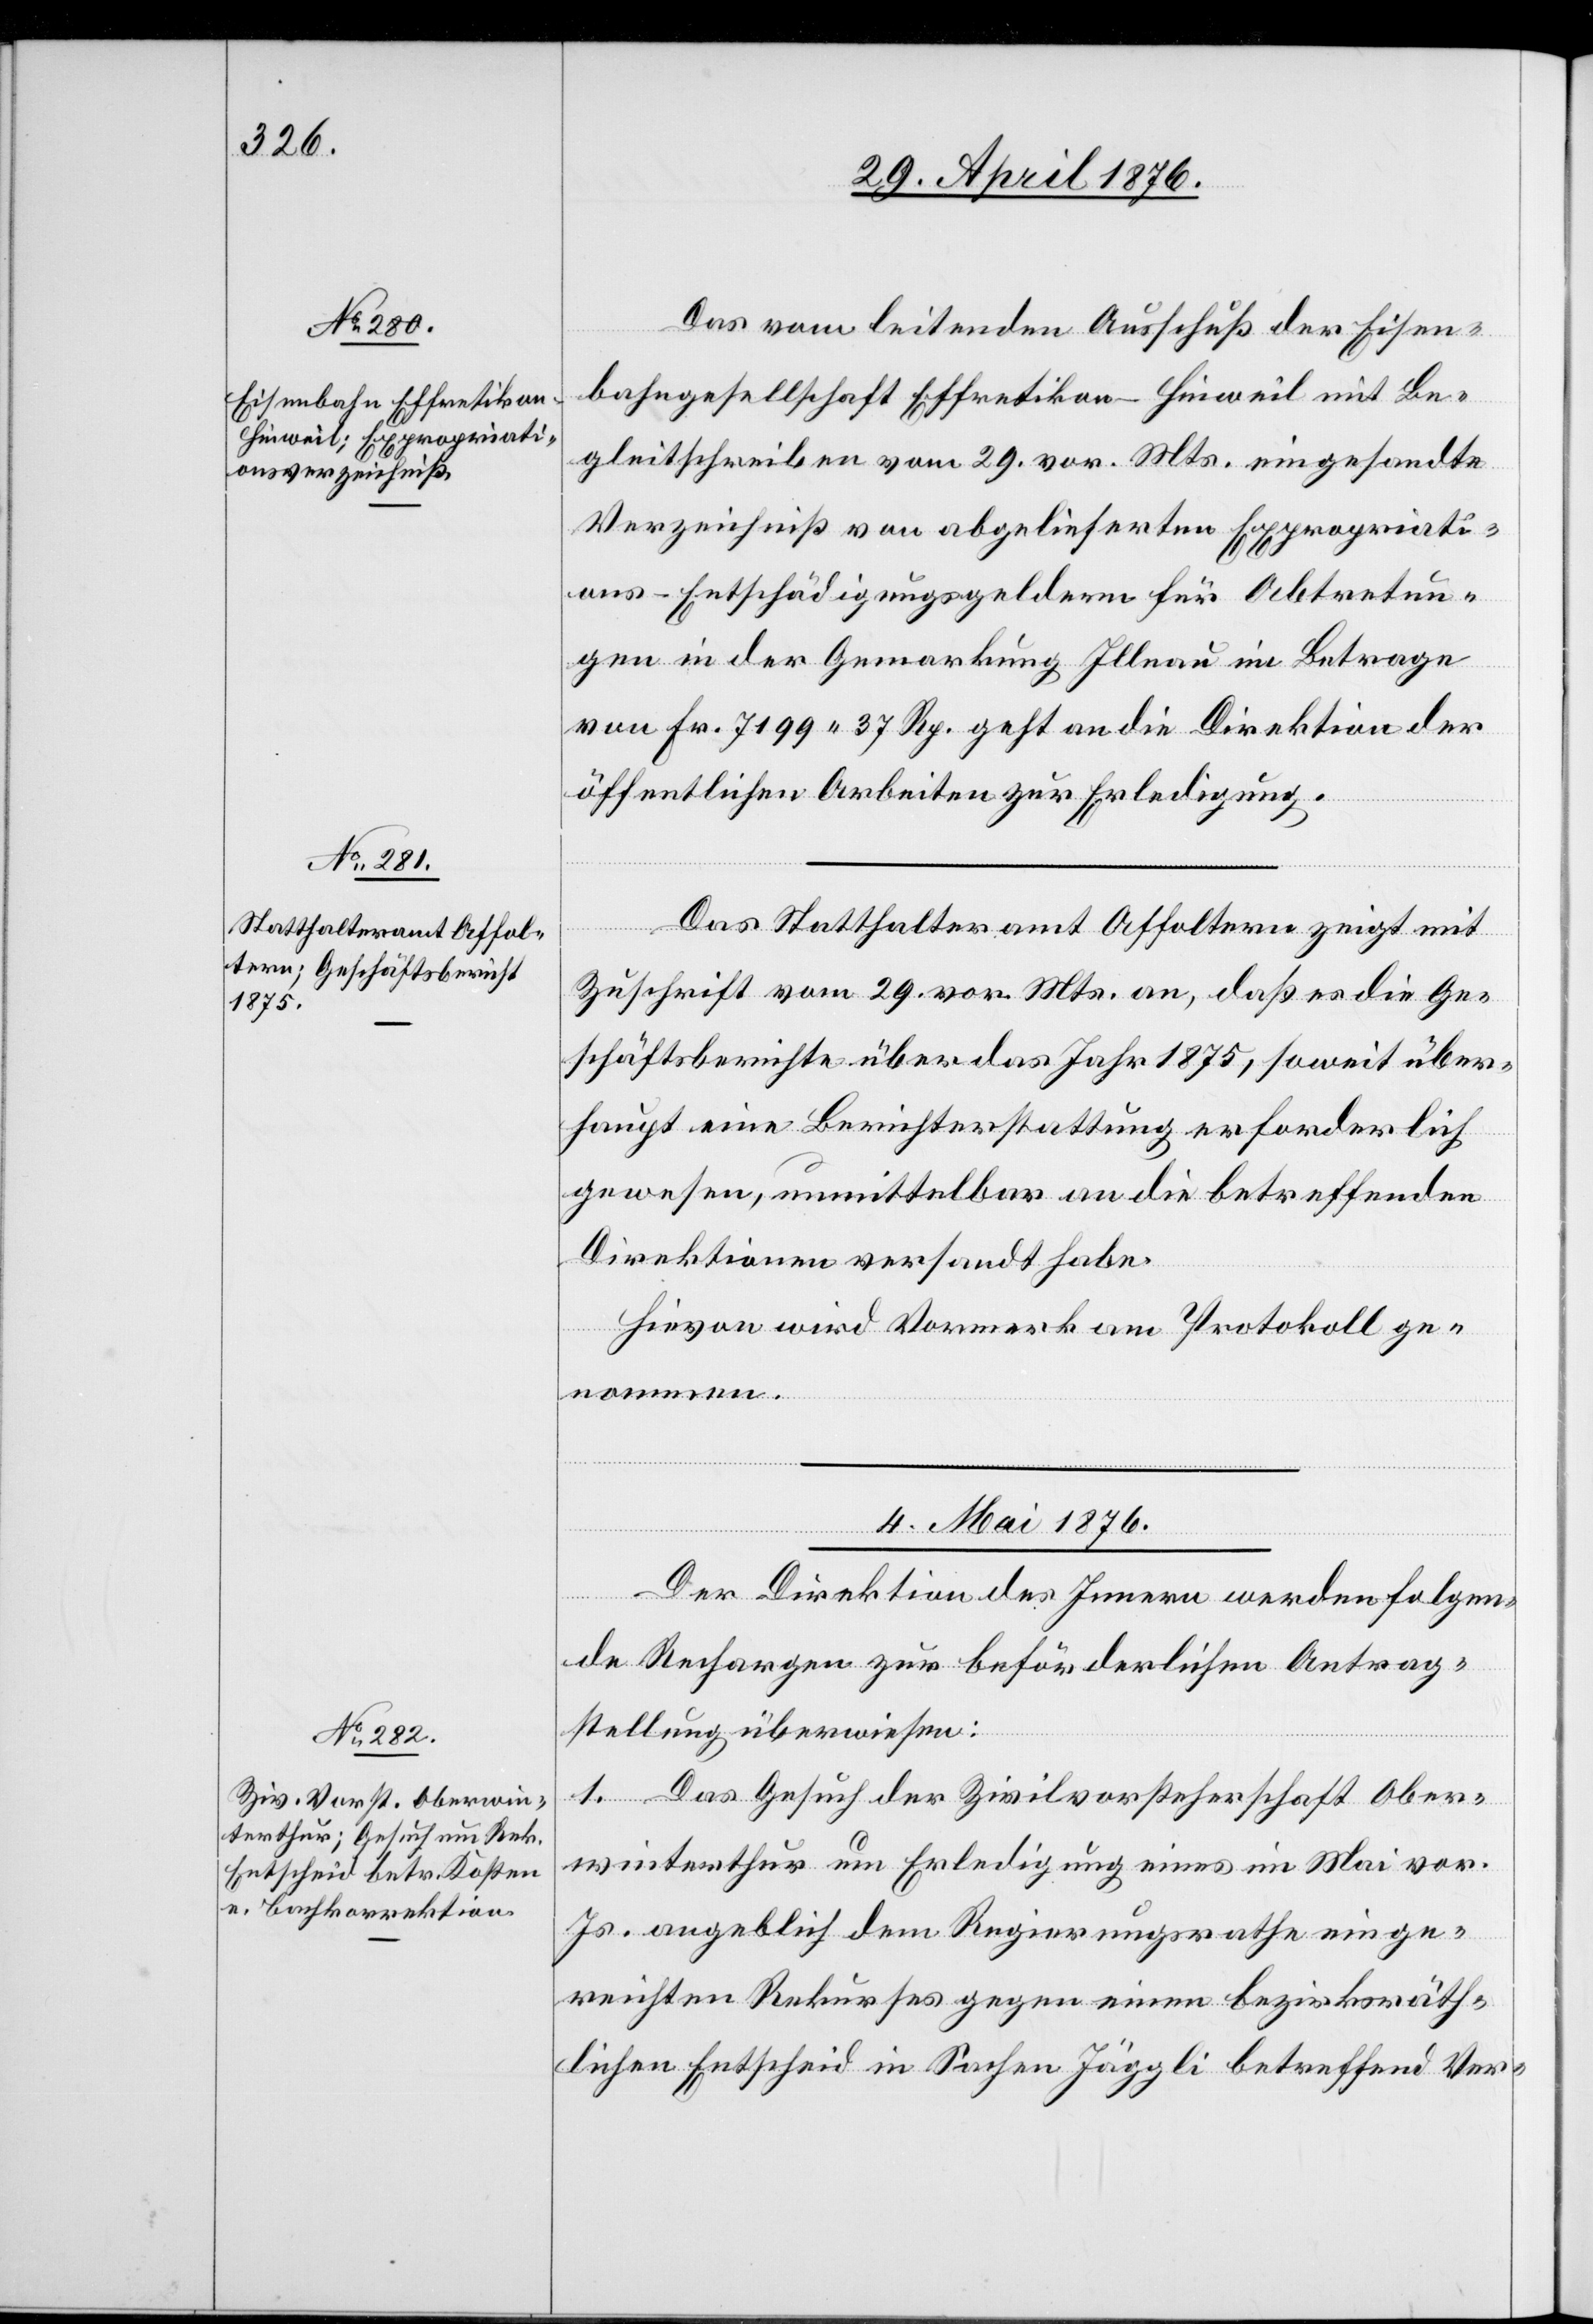
Das vom leitenden Ausschuß der Eisen¬
bahngesellschaft Effretikon–Hinweil mit Be¬
gleitschreiben vom 29. vor. Mts. eingesandte
Verzeichniß von abgelieferten Expropriati¬
ons-Entschädigungsgeldern für Abtretun¬
gen in der Gemarkung Illnau im Betrage
von Fr. 7199 37 Rp. geht an die Direktion der
öffentlichen Arbeiten zur Erledigung.
Das Statthalteramt Affoltern zeigt mit
Zuschrift vom 29. vor. Mts. an, daß es die Ge¬
schäftsberichte über das Jahr 1875, soweit über¬
haupt eine Berichterstattung erforderlich
gewesen, unmittelbar an die betreffenden
Direktionen versandt habe.
Hievon wird Vormerk am Protokoll ge¬
nommen.
4. Mai 1876.
Der Direktion des Innern werden folgen¬
de Rechargen zur beförderlichen Antrag¬
stellung überwiesen:
1. Das Gesuch der Zivilvorsteherschaft Ober¬
winterthur um Erledigung eines im Mai vor.
Mts. angeblich dem Regierungsrathe einge¬
reichten Rekurses gegen einen bezirksräth¬
lichen Entscheid in Sachen Jäggli betreffend Ver-